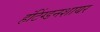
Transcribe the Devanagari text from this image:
हंटिंग्डनशायर